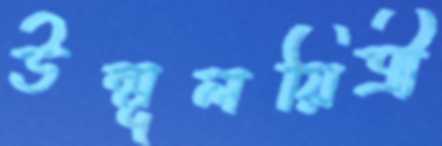
উন্মূলয়িত্রী